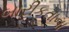
બારીકતાના